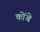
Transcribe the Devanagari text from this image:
कोंबे